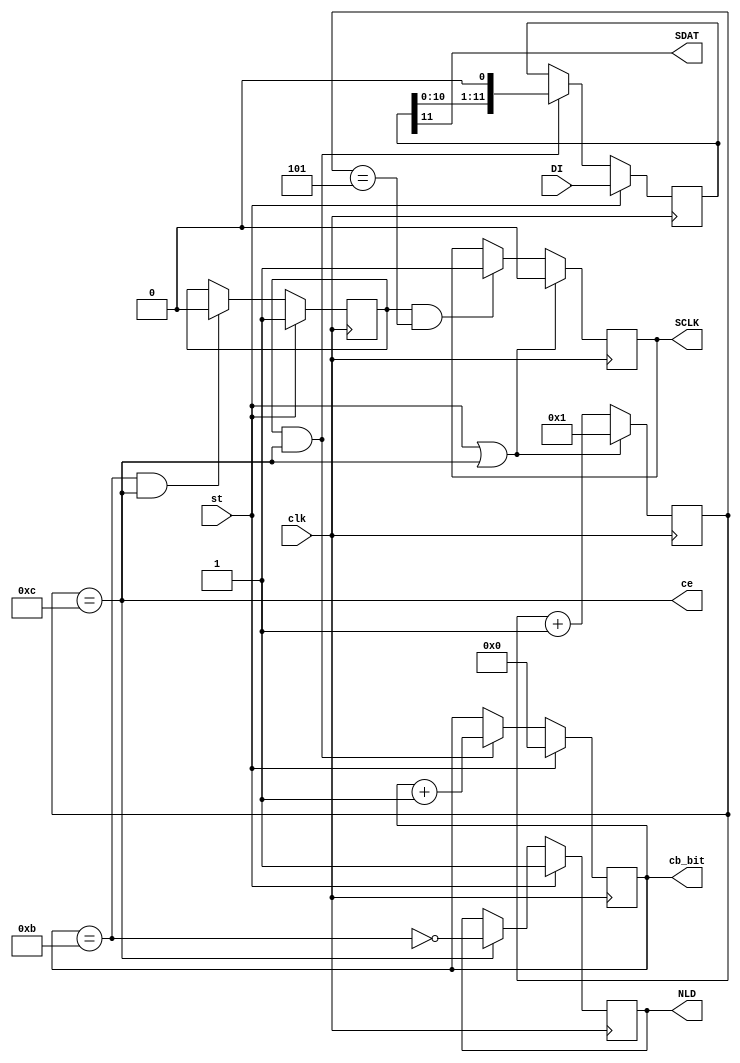
module SPI_DAC8043 (input clk,       output reg SCLK=0,
                    input st,        output wire SDAT,
                    input [11:0] DI, output reg NLD=1,
                                     output reg [3:0]cb_bit=0,
                                     output wire ce);

  parameter Tsclk = 240 ; //Tsclk=Tcl+Tch=120+120
  parameter Tclk = 20 ; //Tclk=1/50 MHz

  reg [3:0]cb_ce = 0 ; //Счетчик тактов
  wire ce=(cb_ce==Tsclk/Tclk); //Границы тактов

  reg en_sh=0 ; //Интервал сдвига данных
  reg [11:0]sr_dat=0 ; //Регистр сдвига данных

  assign SDAT = sr_dat[11]; //Последовательные данные
  reg [3:0]cb_bit=0; //Счетчик бит

  always @ (posedge clk) begin
    cb_ce <= (st | ce)? 1 : cb_ce+1 ;
    SCLK <= (st | ce)? 0 : (en_sh & (cb_ce==5))? 1 : SCLK ;
    en_sh <= st? 1 : ((cb_bit==11) & ce)? 0 : en_sh ;
    cb_bit <= st? 0 : (en_sh & ce)? cb_bit+1 : cb_bit ;
    sr_dat <= st? DI : (en_sh & ce)? sr_dat<<1 : sr_dat ;
    NLD <= st? 1 : ce? !(cb_bit==11) : NLD ;
  end

endmodule